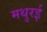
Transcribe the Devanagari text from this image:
मथुरई